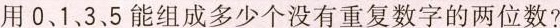
用0、1、3、5能组成多少个没有重复数字的两位数?